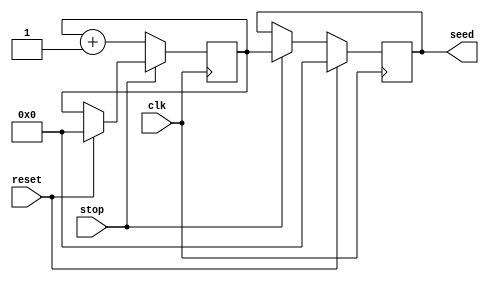
`timescale 1ns / 1ps
//////////////////////////////////////////////////////////////////////////////////
// Company: 
// Engineer: 
// 
// Design Name: 
// Module Name: generate_random_seed
// Project Name: 
// Target Devices: 
// Tool Versions: 
// Description: 
// 
// Dependencies: 
// 
// Revision:
// Revision 0.01 - File Created
// Additional Comments:
// 
//////////////////////////////////////////////////////////////////////////////////


module generate_random_seed #(parameter N = 6)(
    input clk,
    input stop,
    input reset,
    output reg [N -1 : 0] seed = 0
    );
    
    reg [N - 1:0] counter = 0;
    
    always @(posedge clk) begin
        if(reset == 1'b1) begin
            counter <= 0;
        end
        if(stop == 1'b0) begin
            counter <= counter + 1;
        end
    end
    
    always @(posedge clk) begin
        if(reset == 1'b1) begin
            seed <= 0;
        end else if(stop == 1'b1) begin
            seed <= counter;
        end
    end
    
endmodule